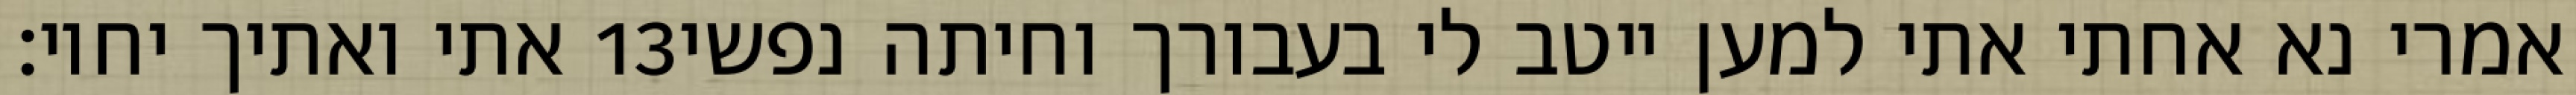
אתי ואתיך יחיו׃ ‎13‏ אמרי נא אחתי אתי למען ייטב לי בעבורך וחיתה נפשי